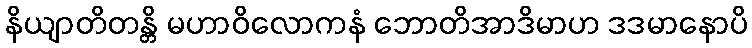
နိယျာတိတန္တိ မဟာဝိလောကနံ ဘောတိအာဒိမာဟ ဒဒမာနောပိ